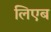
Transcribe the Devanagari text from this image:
लिएब